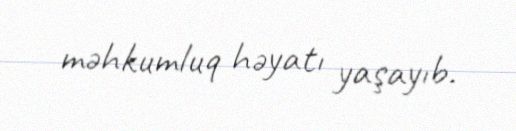
məhkumluq həyatı yaşayıb.